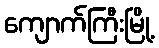
ကျောက်ကြီးမြို့